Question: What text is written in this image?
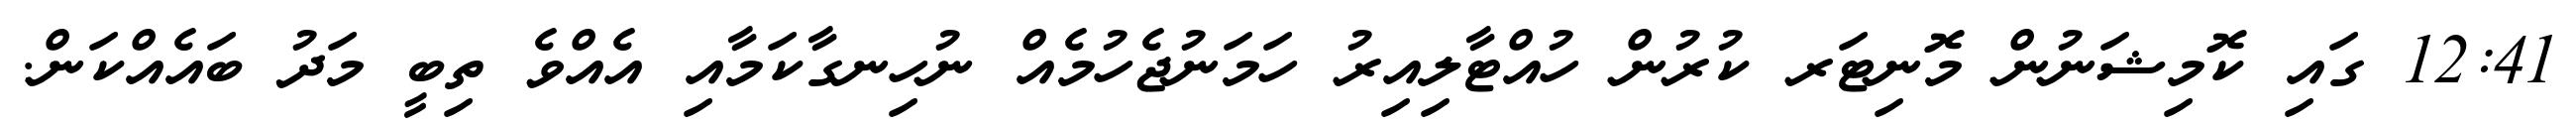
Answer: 12:41 ގައި ކޮމިޝަނުން މޮނިޓަރ ކުރުން ހުއްޓާލިއިރު ހަމަނުޖެހުމެއް ނުހިނގާކަމާއި އެއްވެ ތިބީ މަދު ބައެއްކަން.